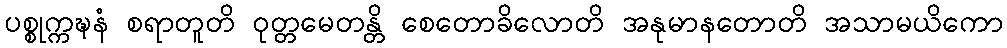
ပစ္စုက္ကဍ္ဎနံ စရာတူတိ ဝုတ္တမေတန္တိ စေတောခိလောတိ အနုမာနတောတိ အသာမယိကော